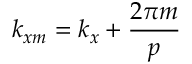
k _ { x m } = k _ { x } + \frac { 2 \pi m } { p }